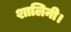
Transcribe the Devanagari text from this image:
शालिनी।